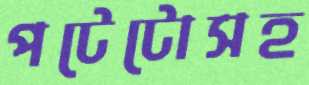
পটেটোসহ